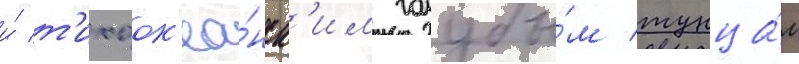
и́ т'ихоок'еа́нск'им голубы́м тунца́м